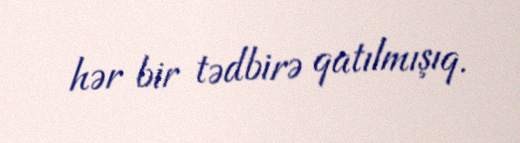
hər bir tədbirə qatılmışıq.